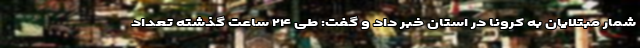
شمار مبتلایان به کرونا در استان خبر داد و گفت: طی ۲۴ ساعت گذشته تعداد